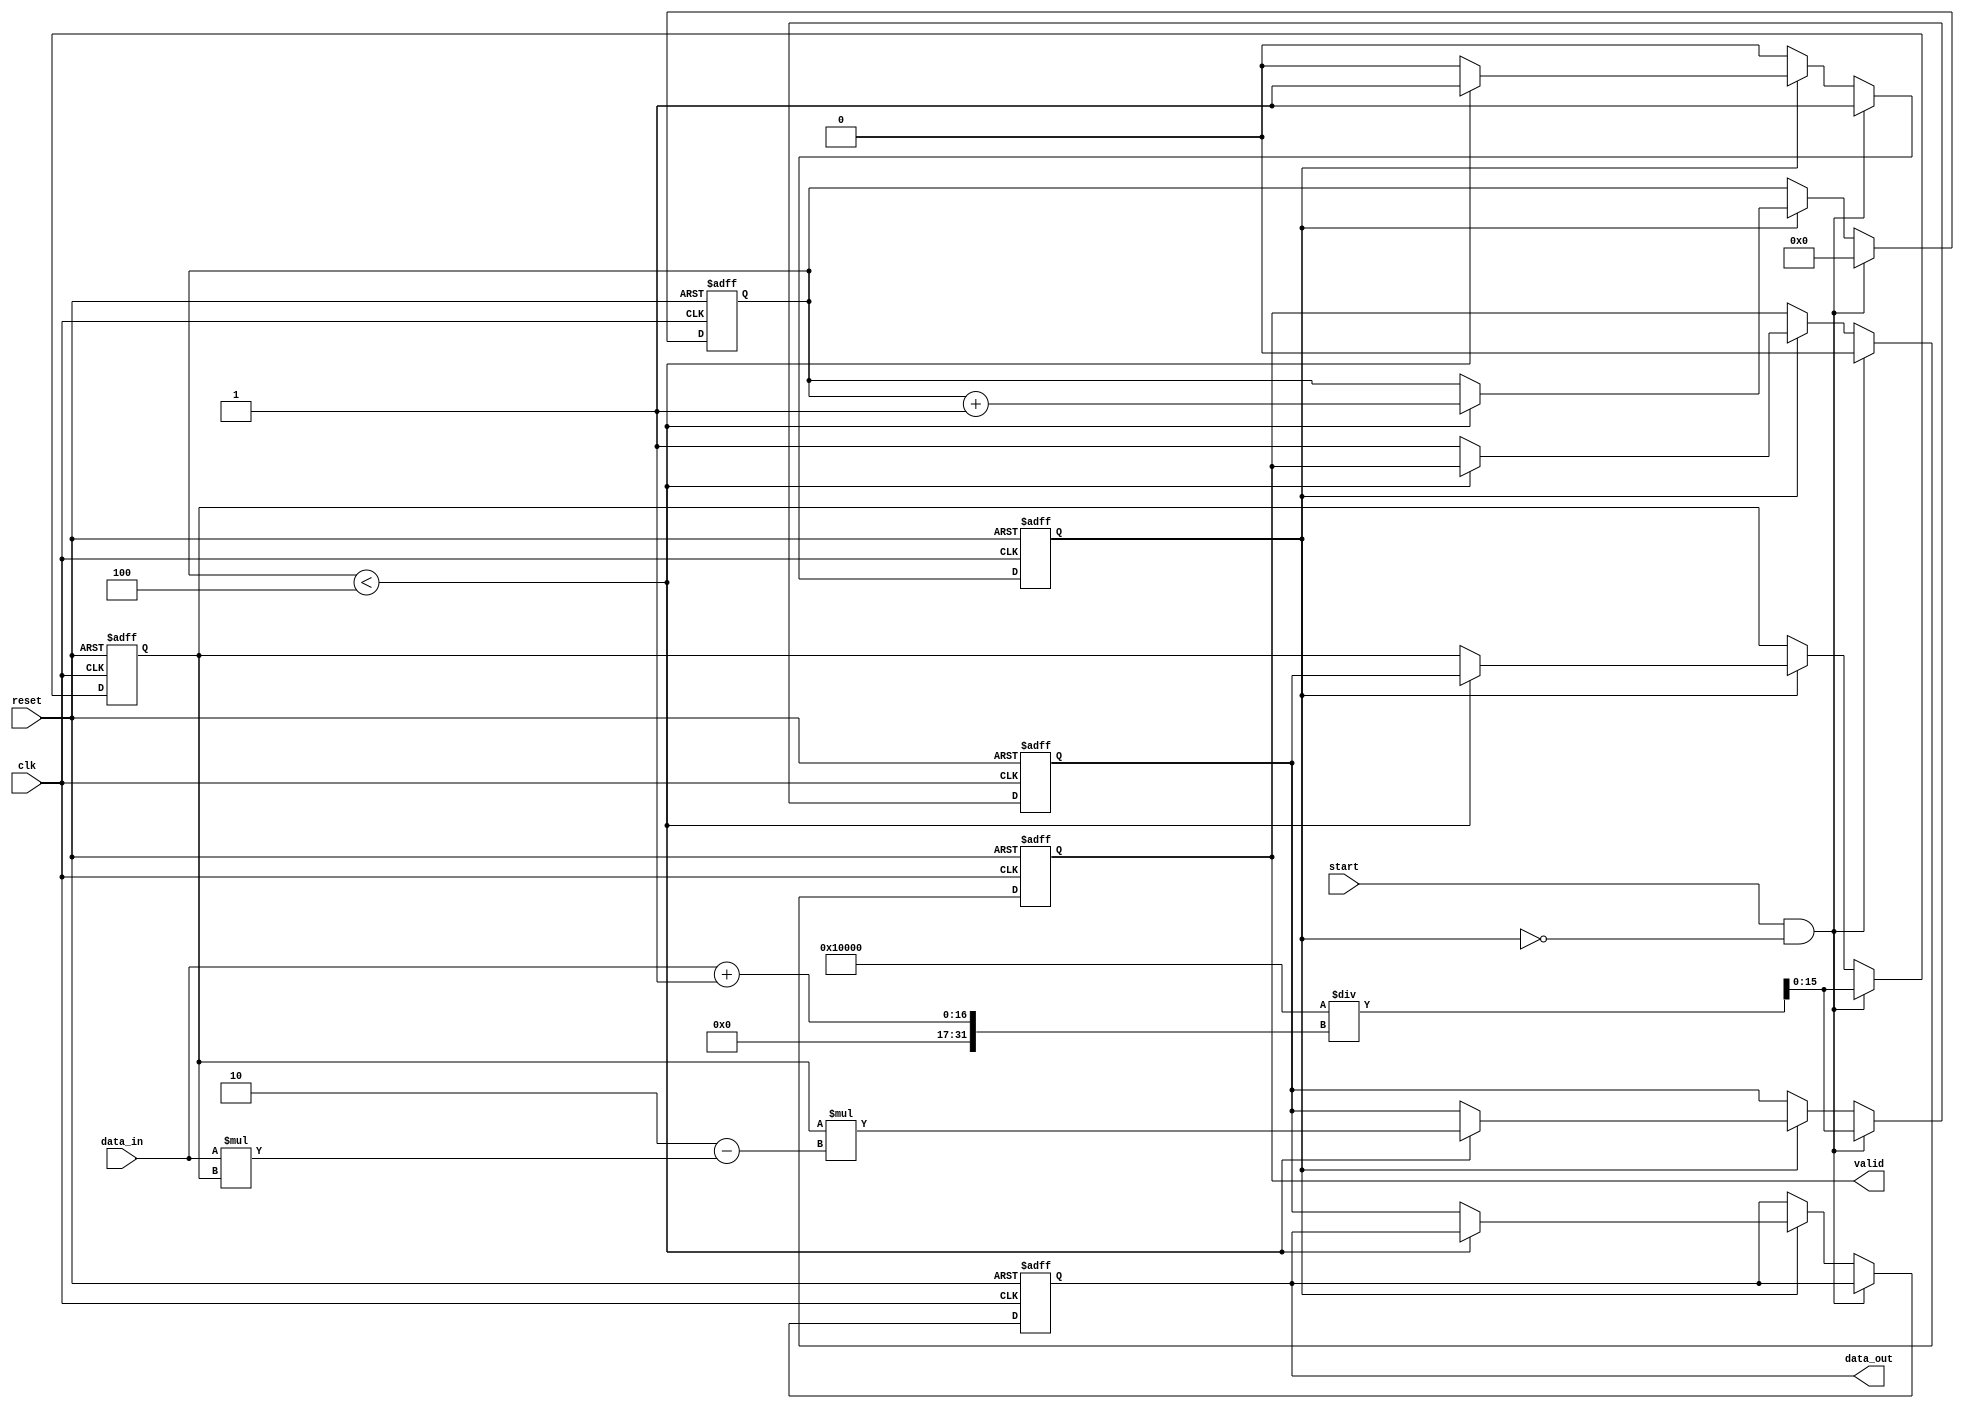
module SystolicArrayReciprocal #(
    parameter WIDTH = 16, // Bit width of input and output data
    parameter ITERATIONS = 4 // Number of iterations for refinement
)(
    input wire [WIDTH-1:0] data_in,
    input wire clk,
    input wire reset,
    input wire start,
    output reg [WIDTH-1:0] data_out,
    output reg valid
);

    reg [WIDTH-1:0] x; // Initial guess for reciprocal
    reg [WIDTH-1:0] yin; // Input to processing elements
    reg [3:0] count; // Iteration counter
    reg processing; // Flag to indicate processing state

    // Initial guess, for simplicity we use a fixed point approximation
    // x = 1 / data_in, approximating as (2^WIDTH) / data_in
    wire [WIDTH-1:0] initial_guess = (1 << WIDTH) / (data_in + 1); // +1 to avoid division by zero

    // Processing element: Implements the Newton-Raphson iteration
    function [WIDTH-1:0] newton_raphson;
        input [WIDTH-1:0] y; // Current estimate of reciprocal
        begin
            newton_raphson = y * (2 - (data_in * y)); // y(n+1) = y(n) * (2 - x * y(n))
        end
    endfunction

    always @(posedge clk or posedge reset) begin
        if (reset) begin
            x <= 0;
            yin <= 0;
            count <= 0;
            processing <= 0;
            valid <= 0;
            data_out <= 0;
        end else begin
            if (start && !processing) begin
                // Start processing
                yin <= initial_guess;
                x <= initial_guess;
                count <= 0;
                processing <= 1;
                valid <= 0;
            end else if (processing) begin
                if (count < ITERATIONS) begin
                    // Perform next iteration
                    x <= newton_raphson(yin);
                    yin <= x; // Update input for the next iteration
                    count <= count + 1;
                end else begin
                    // Processing complete
                    data_out <= x; // Final reciprocal
                    valid <= 1; // Set valid signal to indicate output is ready
                    processing <= 0; // Reset processing state
                end
            end
        end
    end
endmodule